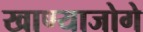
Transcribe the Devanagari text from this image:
खाण्याजोगे